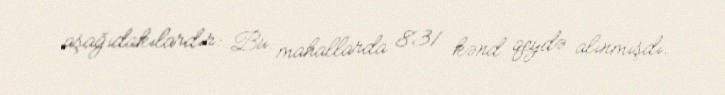
aşağıdakılardır: Bu mahallarda 831 kənd qeydə alınmışdı.